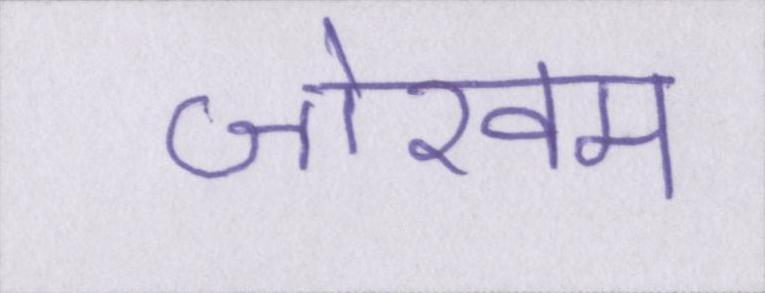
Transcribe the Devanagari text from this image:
जोखम